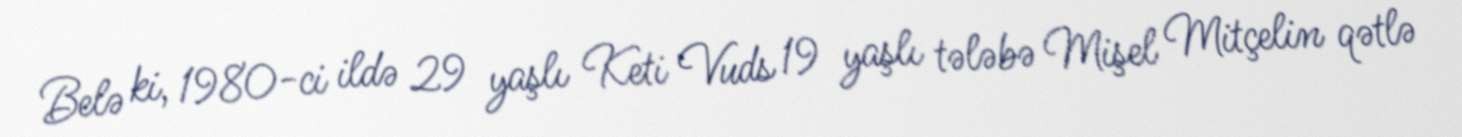
Belə ki, 1980-ci ildə 29 yaşlı Keti Vuds 19 yaşlı tələbə Mişel Mitçelin qətlə